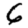
Digit: 6